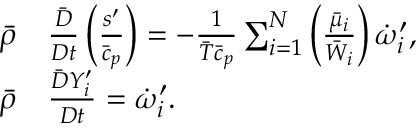
\begin{array} { r l } { \bar { \rho } } & { { } \frac { \bar { D } } { D t } \left( \frac { s ^ { \prime } } { \bar { c } _ { p } } \right) = - \frac { 1 } { \bar { T } \bar { c } _ { p } } \sum _ { i = 1 } ^ { N } \left( \frac { \bar { \mu } _ { i } } { \bar { W } _ { i } } \right) \dot { \omega } _ { i } ^ { \prime } , } \\ { \bar { \rho } } & { { } \frac { \bar { D } Y _ { i } ^ { \prime } } { D t } = { \Dot \omega _ { i } ^ { \prime } } . } \end{array}